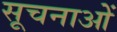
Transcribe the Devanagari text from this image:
सूचनाओें